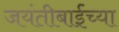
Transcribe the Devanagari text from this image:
जयंतीबाईंच्या